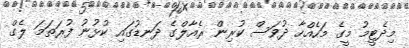
މިދެޓީމު މީގެ މަހެއްހާ ދުވަސް ކުރިން ރެއާލްގެ ދަނޑުގައި ކުޅުނު ފުރަތަމަ ލެގް